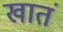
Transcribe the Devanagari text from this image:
खातं